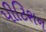
પીટિશન